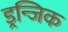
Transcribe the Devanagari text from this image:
ड्रन्जिक